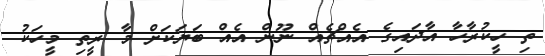
ތި ހީކުރާހާ އާދައިގެ އެއްޗެއް ނޫން އެއް ބަޔަކަށް މާ ރީތި މީހަކު